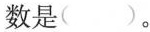
数是( )。